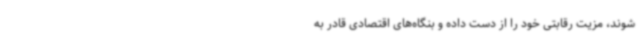
‌شوند، مزیت رقابتی خود را از دست داده و بنگاه‌های اقتصادی قادر به